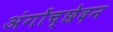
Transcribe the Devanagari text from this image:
अंगोंच्छेदन